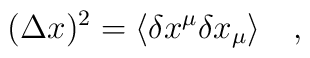
(\Delta x)^2=\langle \delta x^\mu \delta x_\mu \rangle~~~,